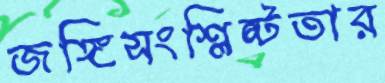
জঙ্গিসংশ্লিষ্টতার